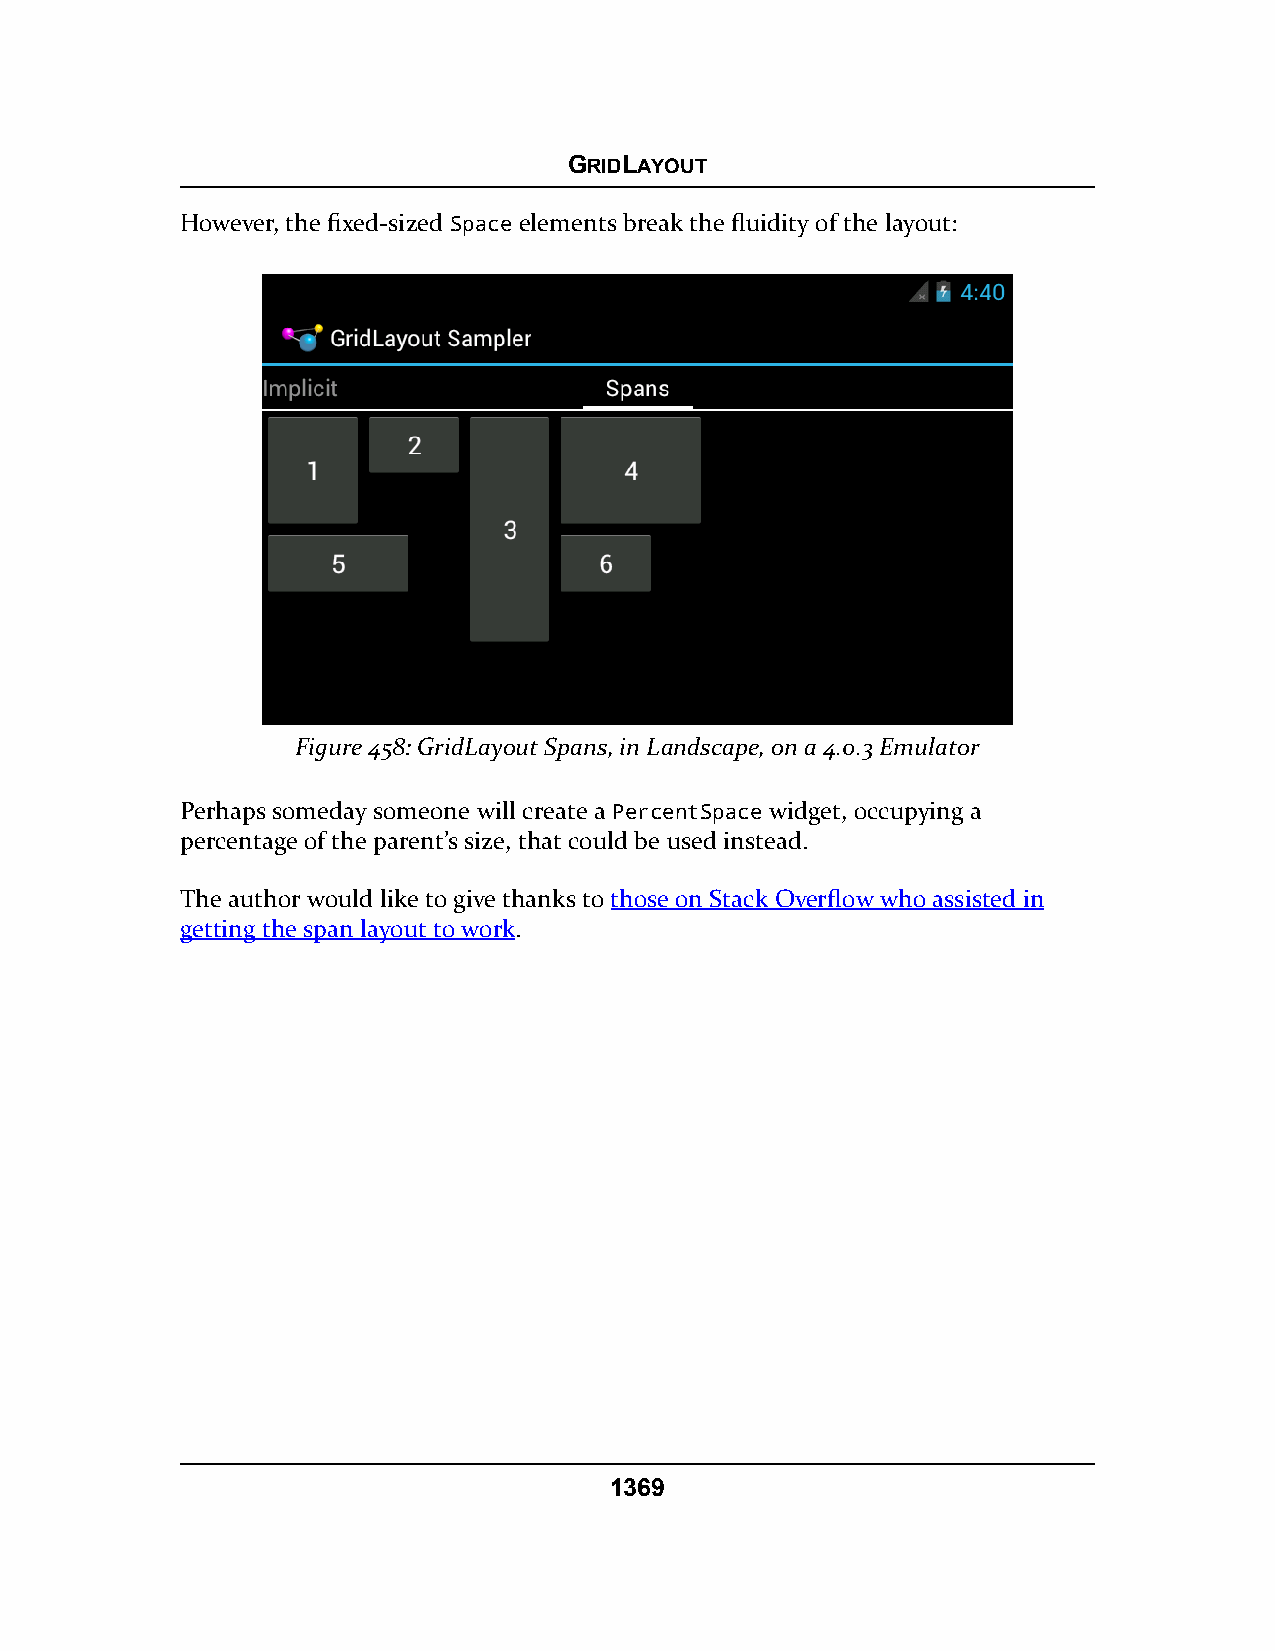
GRIDLAYOUT
 However, the fixed-sized Space elements break the fluidity of the layout:
 Figure 458: GridLayout Spans, in Landscape, on a 4.0.3 Emulator
 Perhaps someday someone will create a PercentSpace widget, occupying a
 percentage of the parent’s size, that could be used instead.
 The author would like to give thanks to those on Stack Overflow who assisted in
 getting the span layout to work.
 1369